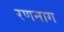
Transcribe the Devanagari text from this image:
रणनाग